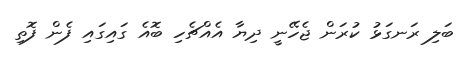
ބަލި ރަނގަޅު ކުރަން ޖެހޭނީ ދިޔާ އެއްޗެހި ބޮއެ ގައިގައި ފެން ފޮތި